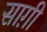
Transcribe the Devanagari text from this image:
साग़ी